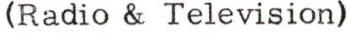
(Radio & Television)